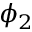
\phi _ { 2 }